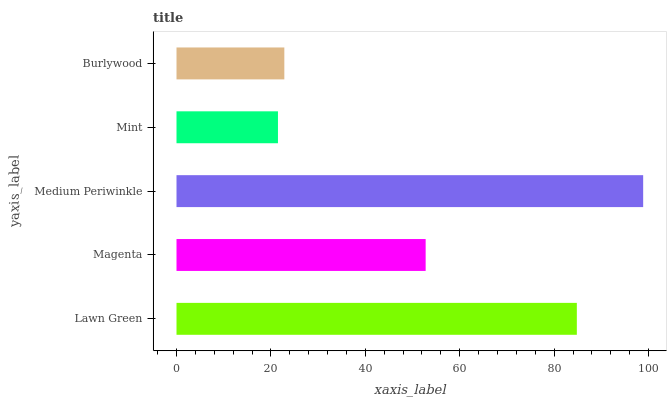
| yaxis_label | bars |
 | --- | --- |
 | Lawn Green | 84.8 |
 | Magenta | 52.8 |
 | Medium Periwinkle | 98.8 |
 | Mint | 21.5 |
 | Burlywood | 22.8 |